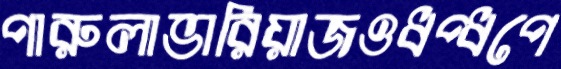
পারুলাভারিয়াজওধপ্‌ধপে